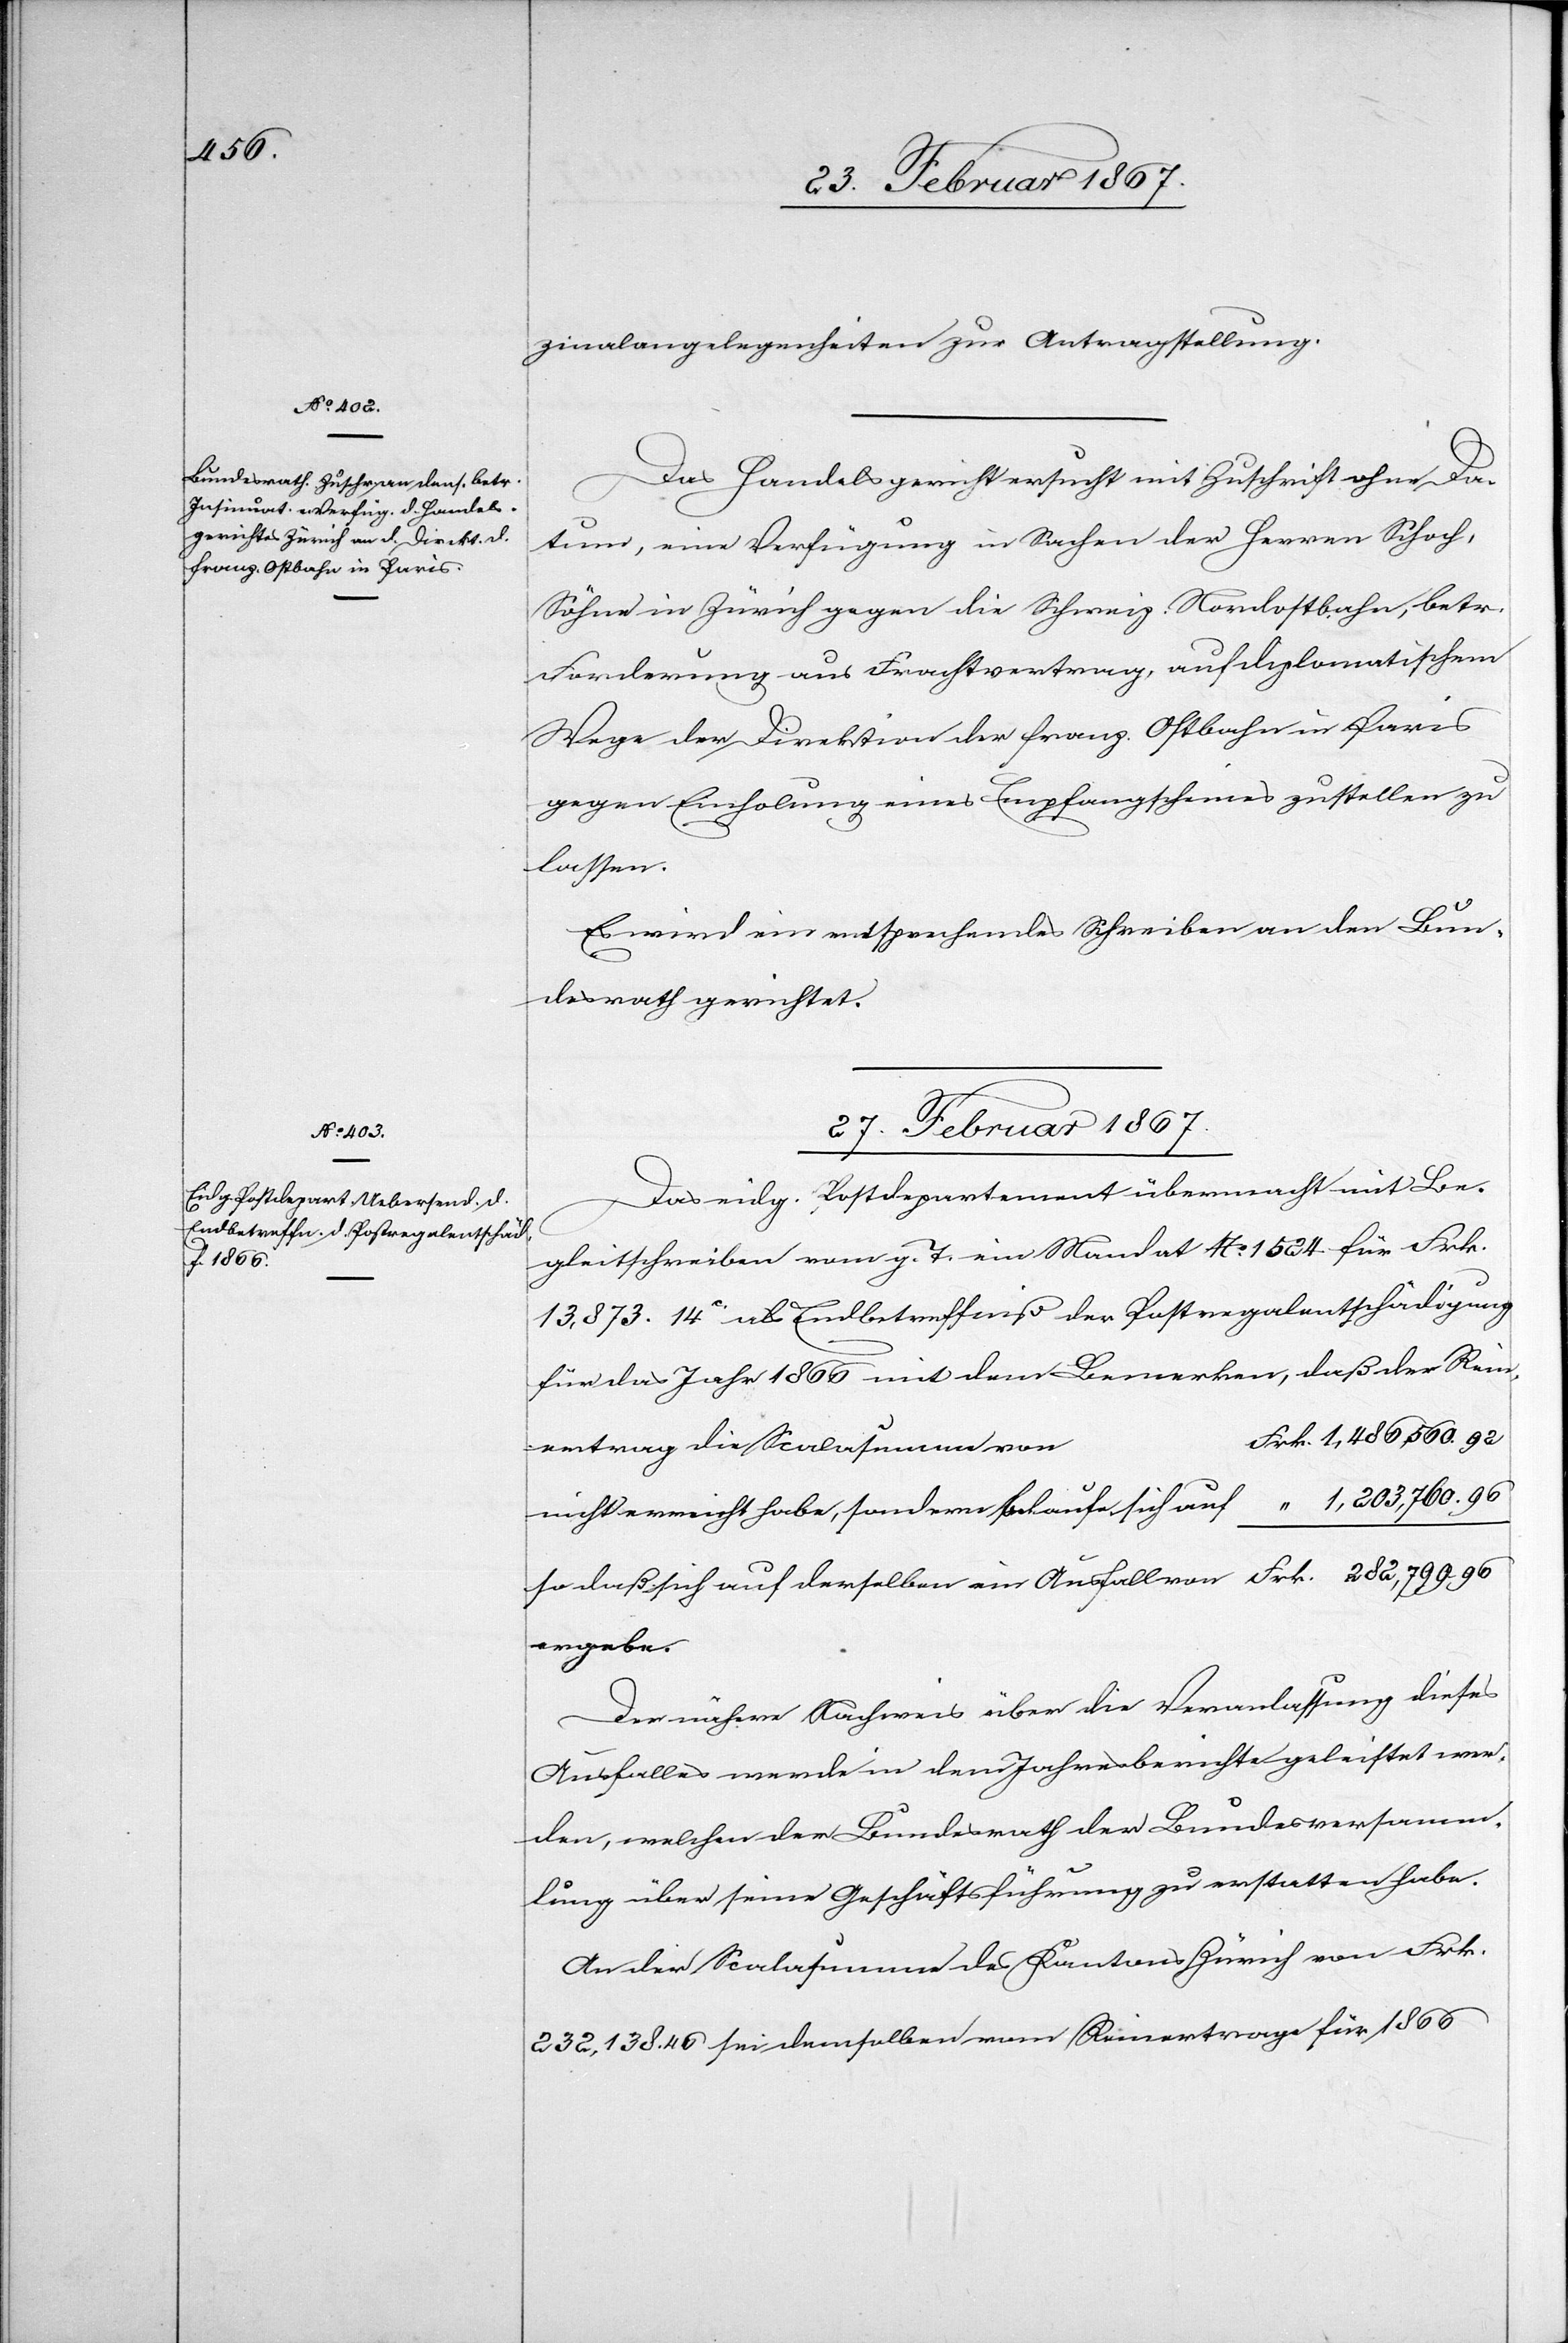
1,486,560.

zinalangelegenheiten zur Antragstellung.
Das Handelsgericht ersucht mit Zuschrift ohne Da¬
tum, eine Verfügung in Sachen der Herren Schoch,
Söhne in Zürich gegen die Schweiz. Nordostbahn, betr.
Forderung aus Frachtvertrag, auf diplomatischem
Wege der Direktion der franz. Ostbahn in Paris
gegen Einholung eines Empfangscheines zustellen zu
lassen.
Es wird ein entsprechendes Schreiben an den Bun¬
desrath gerichtet.
27. Februar 1867.
Das eidg. Postdepartement übermacht mit Be¬
gleitschreiben vom g. T. ein Mandat No. 1524 für Frk.
13,873. 14c. als Endbetreffniß der Postregalentschädigung
für das Jahr 1866 mit dem Bemerken, daß der Rein¬
ertrag die Scalasumme von
nicht erreicht habe, sondern belaufe sich auf						 “ 1,203,760. 96
so daß sich auf derselben ein Ausfall von 						Frk. 282,799. 96
ergebe.
Der nähere Nachweis über die Veranlassung dieses
Ausfalles werde in dem Jahresberichte geleistet wer¬
den, welchen der Bundesrath der Bundesversamm¬
lung über seine Geschäftsführung zu erstatten habe.
An die Scalasumme des Kantons Zürich von Frk.
232,138. 46 sei demselben vom Reinertrage für 1866